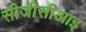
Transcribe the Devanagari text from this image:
सीजीसीआइ